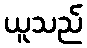
ယူသည်